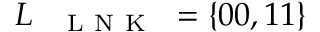
L _ { \mathrm { ~ \texttt ~ { ~ L ~ N ~ K ~ } ~ } } = \{ 0 0 , 1 1 \}